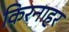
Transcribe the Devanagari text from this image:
किरनाहर